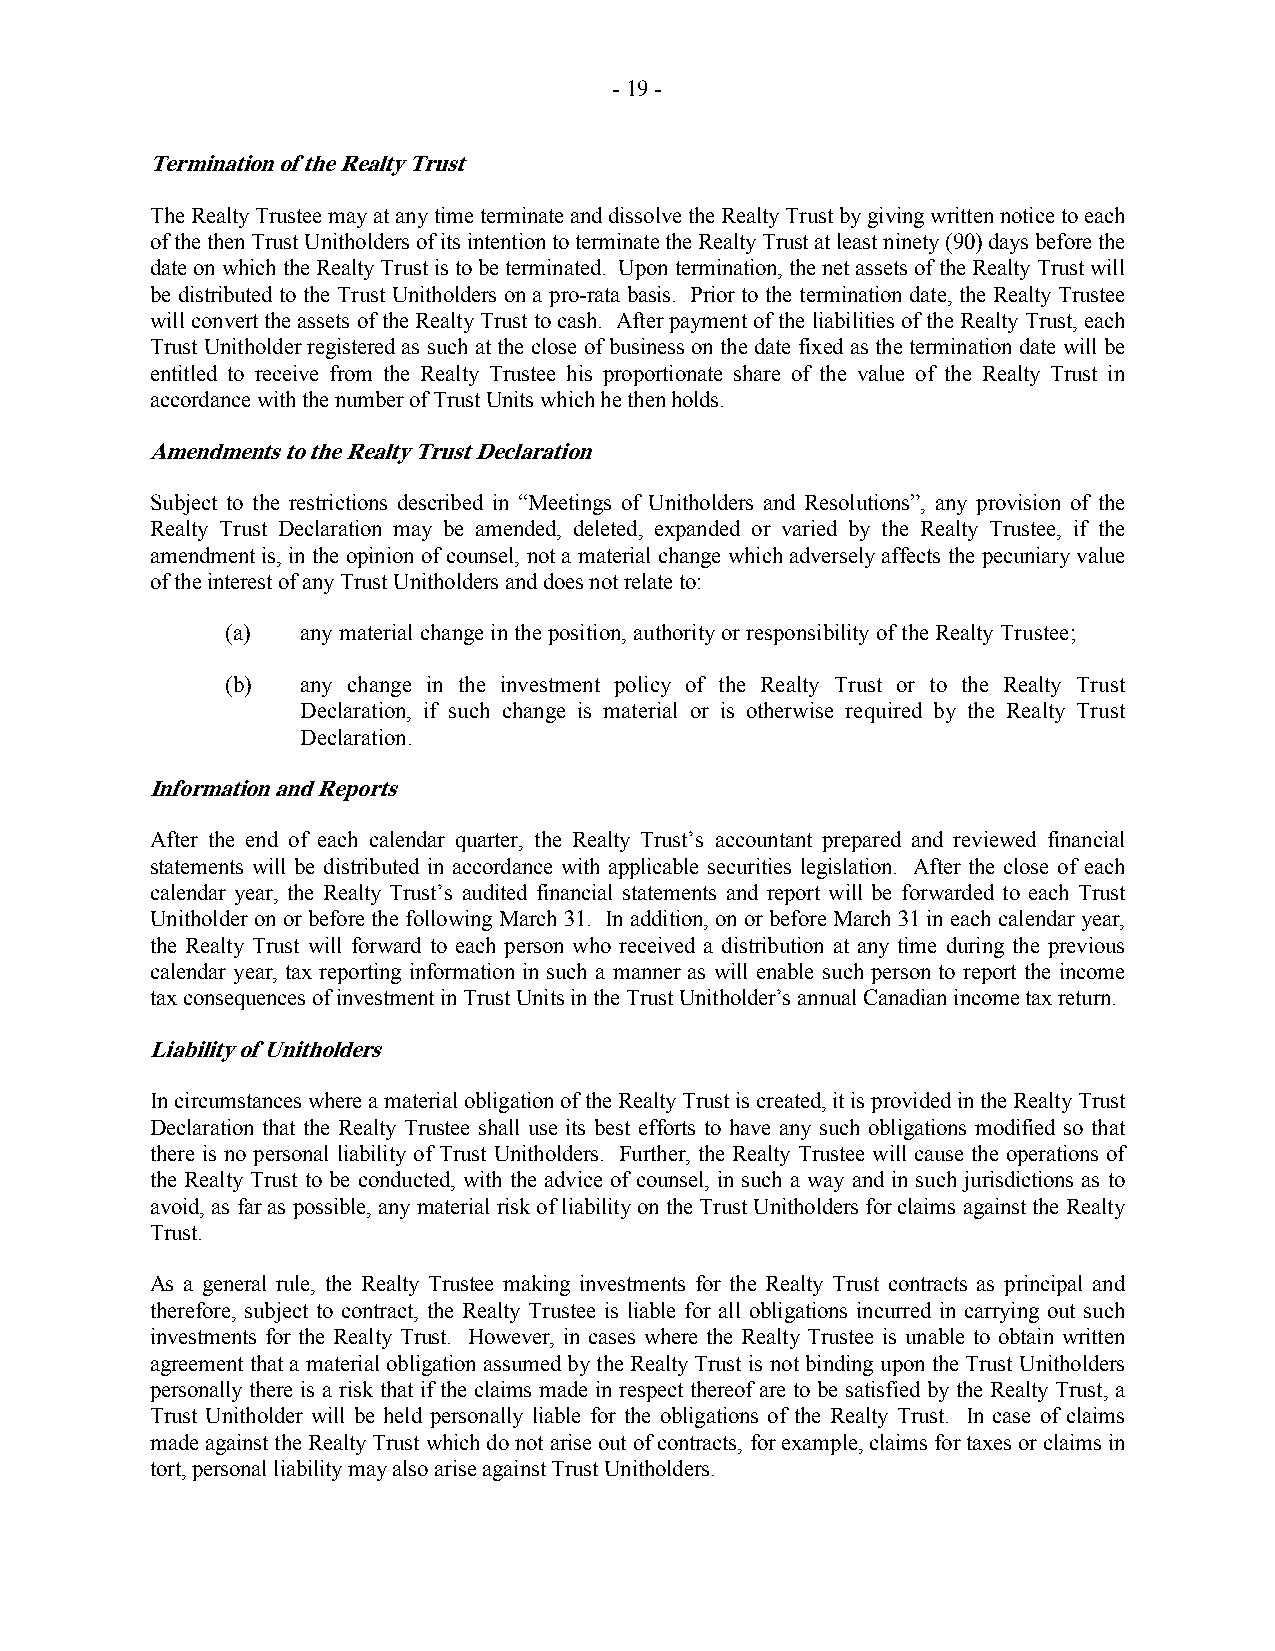
- 19 -
 Termination of the Realty Trust
 The Realty Trustee may at any time terminate and dissolve the Realty Trust by giving written notice to each
 of the then Trust Unitholders of its intention to terminate the Realty Trust at least ninety (90) days before the
 date on which the Realty Trust is to be terminated. Upon termination, the net assets of the Realty Trust will
 be distributed to the Trust Unitholders on a pro-rata basis. Prior to the termination date, the Realty Trustee
 will convert the assets of the Realty Trust to cash. After payment of the liabilities of the Realty Trust, each
 Trust Unitholder registered as such at the close of business on the date fixed as the termination date will be
 entitled to receive from the Realty Trustee his proportionate share of the value of the Realty Trust in
 accordance with the number of Trust Units which he then holds.
 Amendments to the Realty Trust Declaration
 Subject to the restrictions described in “Meetings of Unitholders and Resolutions”, any provision of the
 Realty Trust Declaration may be amended, deleted, expanded or varied by the Realty Trustee, if the
 amendment is, in the opinion of counsel, not a material change which adversely affects the pecuniary value
 of the interest of any Trust Unitholders and does not relate to:
 (a)  any material change in the position, authority or responsibility of the Realty Trustee;
 (b)  any change in the investment policy of the Realty Trust or to the Realty Trust
 Declaration, if such change is material or is otherwise required by the Realty Trust
 Declaration.
 Information and Reports
 After the end of each calendar quarter, the Realty Trust’s accountant prepared and reviewed financial
 statements will be distributed in accordance with applicable securities legislation. After the close of each
 calendar year, the Realty Trust’s audited financial statements and report will be forwarded to each Trust
 Unitholder on or before the following March 31. In addition, on or before March 31 in each calendar year,
 the Realty Trust will forward to each person who received a distribution at any time during the previous
 calendar year, tax reporting information in such a manner as will enable such person to report the income
 tax consequences of investment in Trust Units in the Trust Unitholder’s annual Canadian income tax return.
 Liability of Unitholders
 In circumstances where a material obligation of the Realty Trust is created, it is provided in the Realty Trust
 Declaration that the Realty Trustee shall use its best efforts to have any such obligations modified so that
 there is no personal liability of Trust Unitholders. Further, the Realty Trustee will cause the operations of
 the Realty Trust to be conducted, with the advice of counsel, in such a way and in such jurisdictions as to
 avoid, as far as possible, any material risk of liability on the Trust Unitholders for claims against the Realty
 Trust.
 As a general rule, the Realty Trustee making investments for the Realty Trust contracts as principal and
 therefore, subject to contract, the Realty Trustee is liable for all obligations incurred in carrying out such
 investments for the Realty Trust. However, in cases where the Realty Trustee is unable to obtain written
 agreement that a material obligation assumed by the Realty Trust is not binding upon the Trust Unitholders
 personally there is a risk that if the claims made in respect thereof are to be satisfied by the Realty Trust, a
 Trust Unitholder will be held personally liable for the obligations of the Realty Trust. In case of claims
 made against the Realty Trust which do not arise out of contracts, for example, claims for taxes or claims in
 tort, personal liability may also arise against Trust Unitholders.